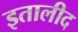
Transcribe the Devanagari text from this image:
इतालीद